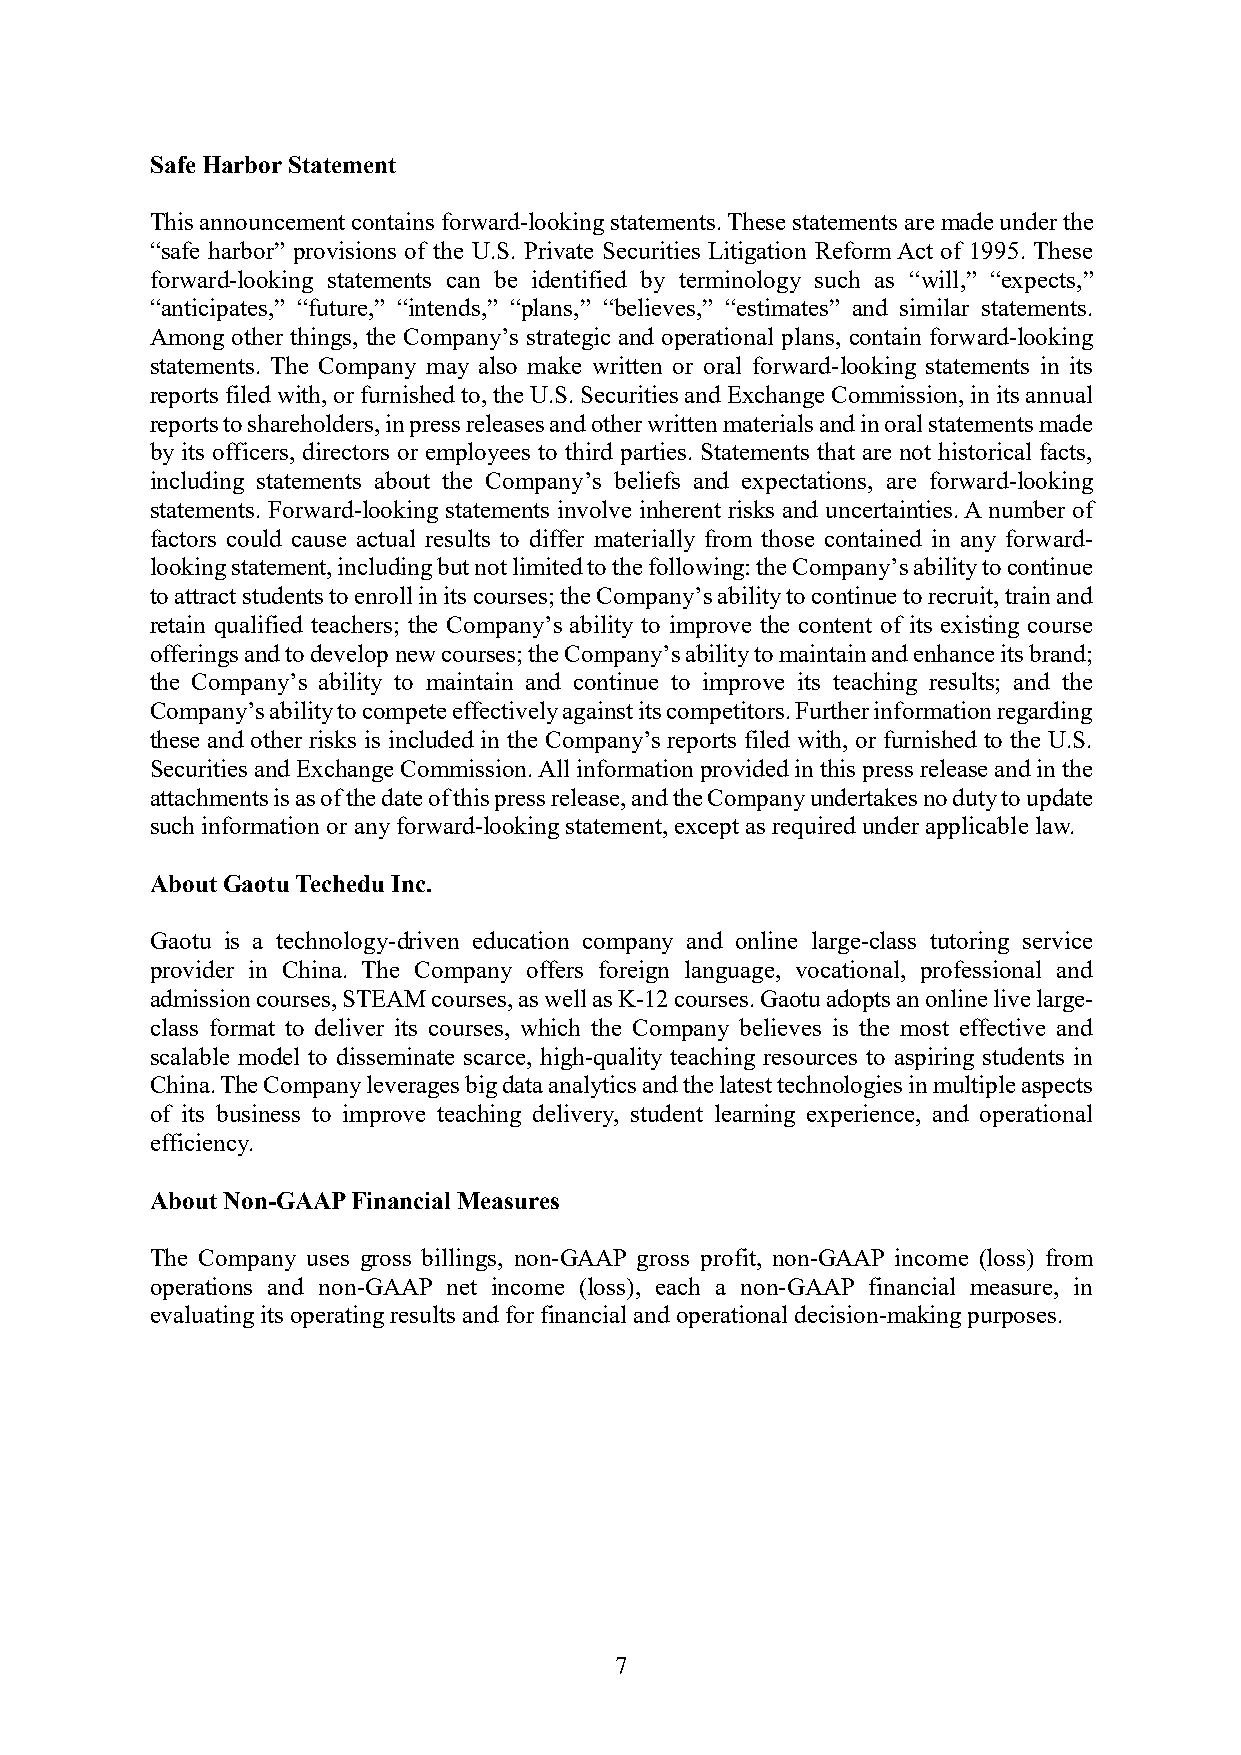
Safe Harbor Statement
 This announcement contains forward-looking statements. These statements are made under the
 “safe harbor” provisions of the U.S. Private Securities Litigation Reform Act of 1995. These
 forward-looking statements can be identified by terminology such as “will,” “expects,”
 “anticipates,” “future,” “intends,” “plans,” “believes,” “estimates” and similar statements.
 Among other things, the Company’s strategic and operational plans, contain forward-looking
 statements. The Company may also make written or oral forward-looking statements in its
 reports filed with, or furnished to, the U.S. Securities and Exchange Commission, in its annual
 reports to shareholders, in press releases and other written materials and in oral statements made
 by its officers, directors or employees to third parties. Statements that are not historical facts,
 including statements about the Company’s beliefs and expectations, are forward-looking
 statements. Forward-looking statements involve inherent risks and uncertainties. A number of
 factors could cause actual results to differ materially from those contained in any forward-
 looking statement, including but not limited to the following: the Company’s ability to continue
 to attract students to enroll in its courses; the Company’s ability to continue to recruit, train and
 retain qualified teachers; the Company’s ability to improve the content of its existing course
 offerings and to develop new courses; the Company’s ability to maintain and enhance its brand;
 the Company’s ability to maintain and continue to improve its teaching results; and the
 Company’s ability to compete effectively against its competitors. Further information regarding
 these and other risks is included in the Company’s reports filed with, or furnished to the U.S.
 Securities and Exchange Commission. All information provided in this press release and in the
 attachments is as of the date of this press release, and the Company undertakes no duty to update
 such information or any forward-looking statement, except as required under applicable law.
 About Gaotu Techedu Inc.
 Gaotu is a technology-driven education company and online large-class tutoring service
 provider in China. The Company offers foreign language, vocational, professional and
 admission courses, STEAM courses, as well as K-12 courses. Gaotu adopts an online live large-
 class format to deliver its courses, which the Company believes is the most effective and
 scalable model to disseminate scarce, high-quality teaching resources to aspiring students in
 China. The Company leverages big data analytics and the latest technologies in multiple aspects
 of its business to improve teaching delivery, student learning experience, and operational
 efficiency.
 About Non-GAAP Financial Measures
 The Company uses gross billings, non-GAAP gross profit, non-GAAP income (loss) from
 operations and non-GAAP net income (loss), each a non-GAAP financial measure, in
 evaluating its operating results and for financial and operational decision-making purposes.
 7